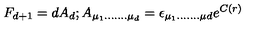
F _ { d + 1 } = d A _ { d } ; A _ { \mu _ { 1 } . . . . . . . \mu _ { d } } = \epsilon _ { \mu _ { 1 } . . . . . . . \mu { d } } e ^ { C ( r ) }